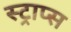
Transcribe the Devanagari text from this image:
स्ट्राप्स